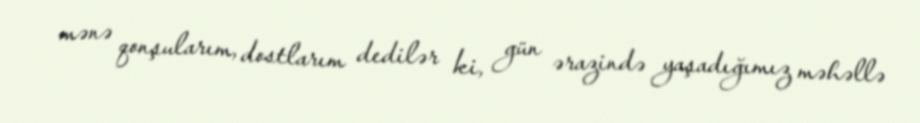
mənə qonşularım, dostlarım dedilər ki, gün ərazində yaşadığımız məhəllə